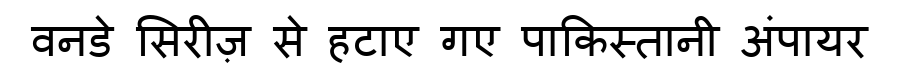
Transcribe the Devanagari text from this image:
वनडे सिरीज़ से हटाए गए पाकिस्तानी अंपायर